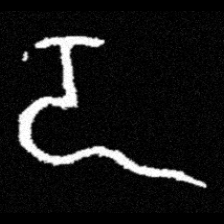
Pyu character \u2014 Myanmar letter: ဍ (romanized: dda)